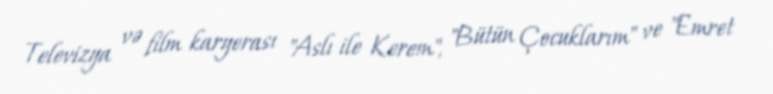
Televizya və film karyerası "Aslı ile Kerem", "Bütün Çocuklarım" ve "Emret